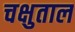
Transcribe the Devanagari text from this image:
चक्षुताल